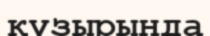
құзырында